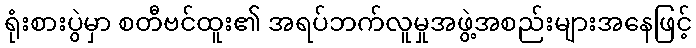
ရုံးစားပွဲမှာ စတီဗင်ထူး၏ အရပ်ဘက်လူမှုအဖွဲ့အစည်းများအနေဖြင့်